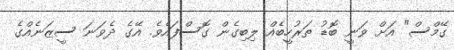
ގޭމްސް" އަށް ވަނީ ބޮޑު ތަރުހީބެއް ލިބިގެން ގޮސްފައެވެ. އޭގެ ދެވަނަ ސީޒަނެއްގެ